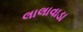
લાલાવાડા